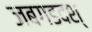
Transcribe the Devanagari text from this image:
जबगडदश्